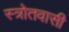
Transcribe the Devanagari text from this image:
स्त्रोतवासी